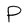
Character: P